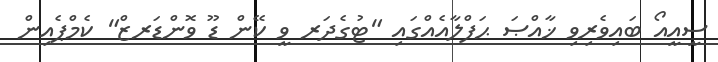
ސީއީއޯ ބައިވެރިވި ޚާއްޞަ ޙަފްލާއެއްގައި "ޓުގެދަރ ވީ ކޭން ޑޫ ވޮންޑަރޒް" ކެމްޕެއިން